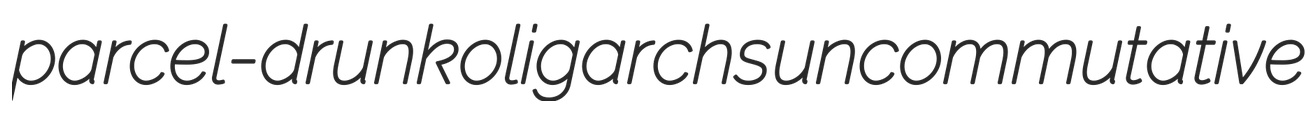
parcel-drunk oligarchs uncommutative